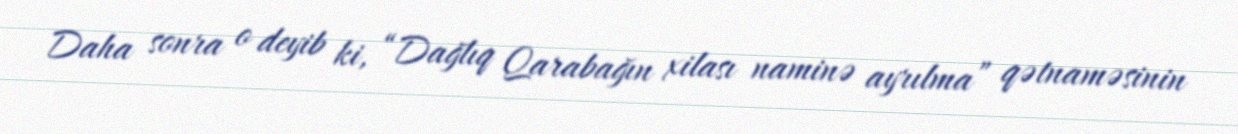
Daha sonra o deyib ki, “Dağlıq Qarabağın xilası naminə ayrılma” qətnaməsinin